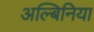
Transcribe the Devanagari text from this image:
अल्बिनिया